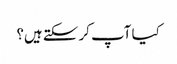
کیا آپ کر سکتے ہیں؟